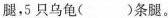
腿，5只乌龟()条腿。